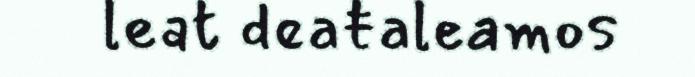
leat deaŧaleamos